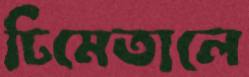
ঢিমেতালে